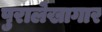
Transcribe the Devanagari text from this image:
पुरालेखागार